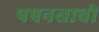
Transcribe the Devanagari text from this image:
पपनसाची